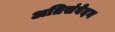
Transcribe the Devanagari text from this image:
अतिसंवेदन